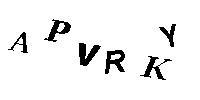
APVRKY